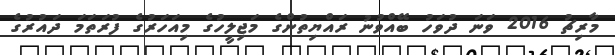
މާރިޗު 2016 ވަނަ ދުވަހު ބޭއްވުނު ރައްޔިތުންގެ މަޖިލީހުގެ މިއަހަރުގެ ފުރަތަމަ ދައުރުގެ